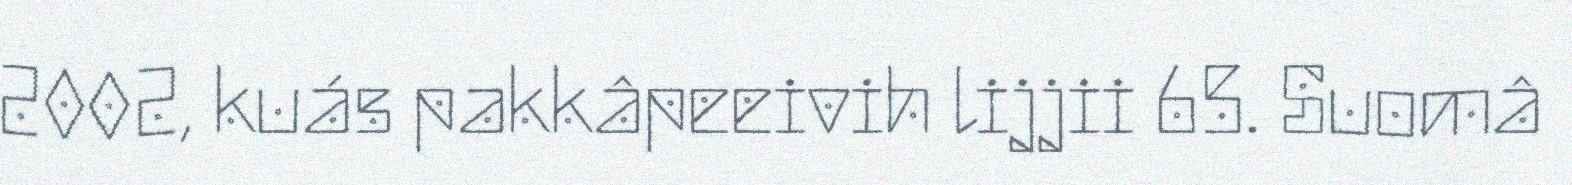
2002, kuás pakkâpeeivih lijjii 65. Suomâ